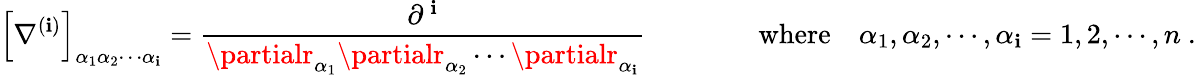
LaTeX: \left[\nabla^{(\mathbf{i})}\right]_{\alpha_{1}\alpha_{2}\cdots\alpha_{\mathbf{i}}}={\frac{{\partial^{\, \mathbf{i}}}}{{\partialr_{\alpha_{1}}\partialr_{\alpha_{2}}\cdots\partialr_{\alpha_{\mathbf{i}}}}}}\qquad\qquad{\mathrm{{where}}}\quad\alpha_{1},\alpha_{2},\cdots,\alpha_{\mathbf{i}}=1,2,\cdots,n\ .